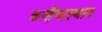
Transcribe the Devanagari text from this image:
कन्हैयास्थान